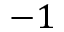
- 1